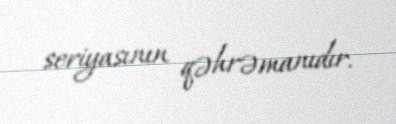
seriyasının qəhrəmanıdır.